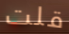
قلت